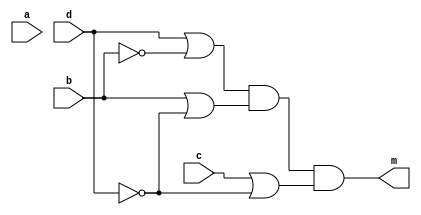
module fm(m,a,b,c,d);
  
	input a,b,c,d;
	output m;

	wire wire_not_b, wire_not_c, wire_not_d, wire_1, wire_2, wire_3;

	not gate_not_c(wire_not_b, b);
	not gate_not_d(wire_not_d, d);

	or gate_or_1(wire_1, d, wire_not_b);
	or gate_or_1(wire_2, b, wire_not_d);
	or gate_or_1(wire_3, c, wire_not_d);


	and gate_and_1(m, wire_1, wire_2, wire_3);

endmodule